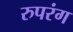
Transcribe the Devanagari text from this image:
रुपरंग